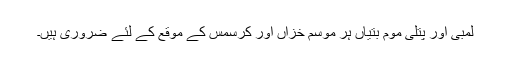
لمبی اور پتلی موم بتیاں ہر موسم خزاں اور کرسمس کے موقع کے لئے ضروری ہیں۔